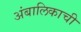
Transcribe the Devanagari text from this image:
अंबालिकाची